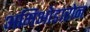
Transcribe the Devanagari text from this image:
अमिओडारोन